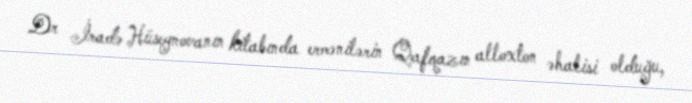
Dr İradə Hüseynovanın kitabında ermənilərin Qafqazın alloxton əhalisi olduğu,